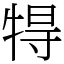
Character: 𤙰